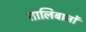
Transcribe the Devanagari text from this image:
तालिबानों